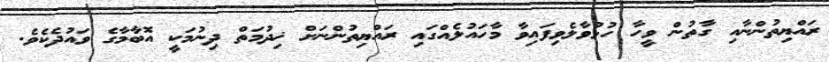
ރައްޔިތުންނާއި ގާތުން ވީހާ ހުޅުވާލެވިފައިވާ މާހައުލެއްގައި ރައްޔިތުންނަށް ޚިދުމަތް ދިނުމަކީ އޮބާމާގެ ވައުދެކެވެ.